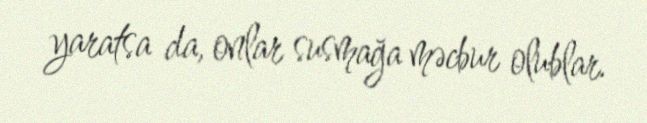
yaratsa da, onlar susmağa məcbur olublar.